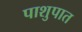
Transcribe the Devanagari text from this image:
पाशुपात